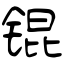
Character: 锟